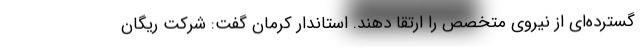
گسترده‌ای از نیروی متخصص را ارتقا دهند. استاندار کرمان گفت: شرکت ریگان